Civil Veterinary Dept. North-West Frontier Province 1933-46 - 1933-1946
Year: 1933
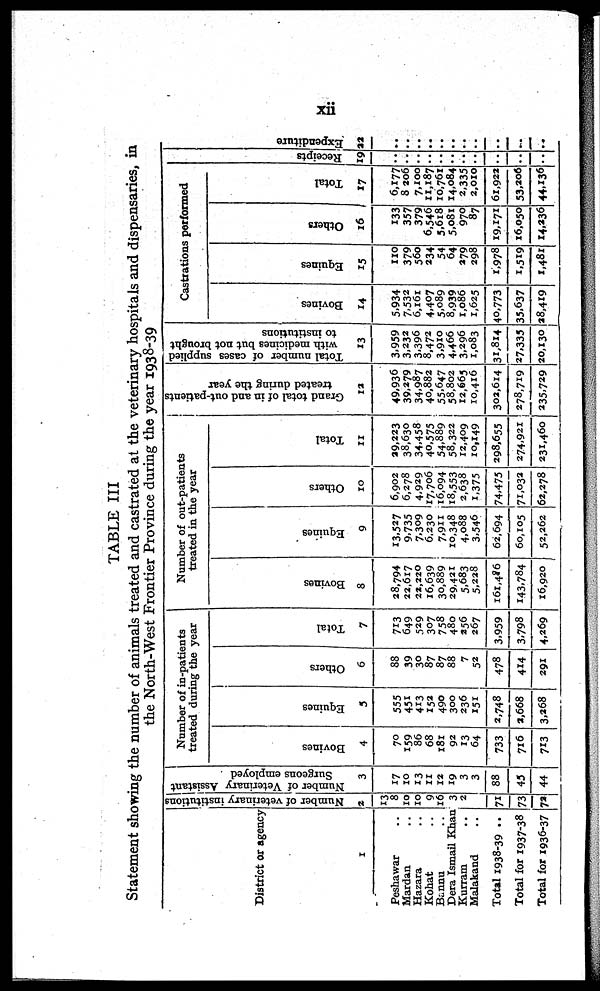
xii
TABLE III
Statement showing the number of animals treated and castrated at the veterinary hospitals and dispensaries, in
the North-West Frontier Province during the year 1938-39
District or agency
1
Peshawar ..
Mardan ..
Hazara ..
Kohat ..
Bannu ..
Dera Ismail Khan
Kurram ..
Malakand ..
Total 1938-39 ..
Total for 1937-38
Total for 1936-37
Number of veterinary institutions
2
13
8
10
10
9
16
3
2
71
73
72
Number of Veterinary Assistant
Surgeons employed
3
17
10
13
11
12
19
3
3
88
45
44
Number of in-patients
treated during the year
Bovines
4
70
159
86
68
181
92
13
64
733
716
713
Equines
5
555
451
413
152
490
300
236
151
2,748
2,668
3,268
Others
6
88
39
30
87
87
88
7
52
478
414
291
Total
7
713
649
529
307
758
480
256
267
3,959
3.798
4,269
Number of out-patients
treated in the year
Bovines
8
28,794
22,617
22,220
16,639
30,889
29,421
5,683
5,228
161,486
143,784
16,920
Equines
9
13,527
9,735
7,309
6,230
7,911
10,348
4,088
3,546
62,694
60,105
52,262
Others
10
6,902
6,278
4,929
17,706
16,094
18,553
2,638
1,375
74,475
71,032
62,278
Total
11
29,223
38,630
34,458
40,575
54,889
58,322
12,409
10,149
298,655
274,921
231,460
Grand total of in and out-patients
treated during the year
12
49,936
39,279
34,987
40,882
55,647
58,802
12,665
10,416
302,614
278,719
235,729
Total number of cases supplied
with medicines but not brought
to institutions
13
3,959
3,232
3,396
8,472
3,910
4,466
3,296
1,083
31,814
27,335
20,130
Castrations performed
Bovines
14
5,934
7,532
6,161
4,407
5,089
8,939
1,086
1,625
40,773
35.637
28,419
Equines
15
110
379
560
234
54
64
279
298
1,978
1,519
1,481
Others
16
133
357
379
6,546
5,618
5,081
970
87
19,171
16,050
14,236
Total
17
6,177
8 206
7,100
11,187
10,761
14,084
2,335
2,010
61,922
53,206
44,136
Recei pt s
19
..
..
..
..
..
..
..
..
..
..
Expendi t
ur e
22
..
. .
. .
. .
. .
. .
. .
..
..
..
..